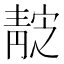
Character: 𱁭